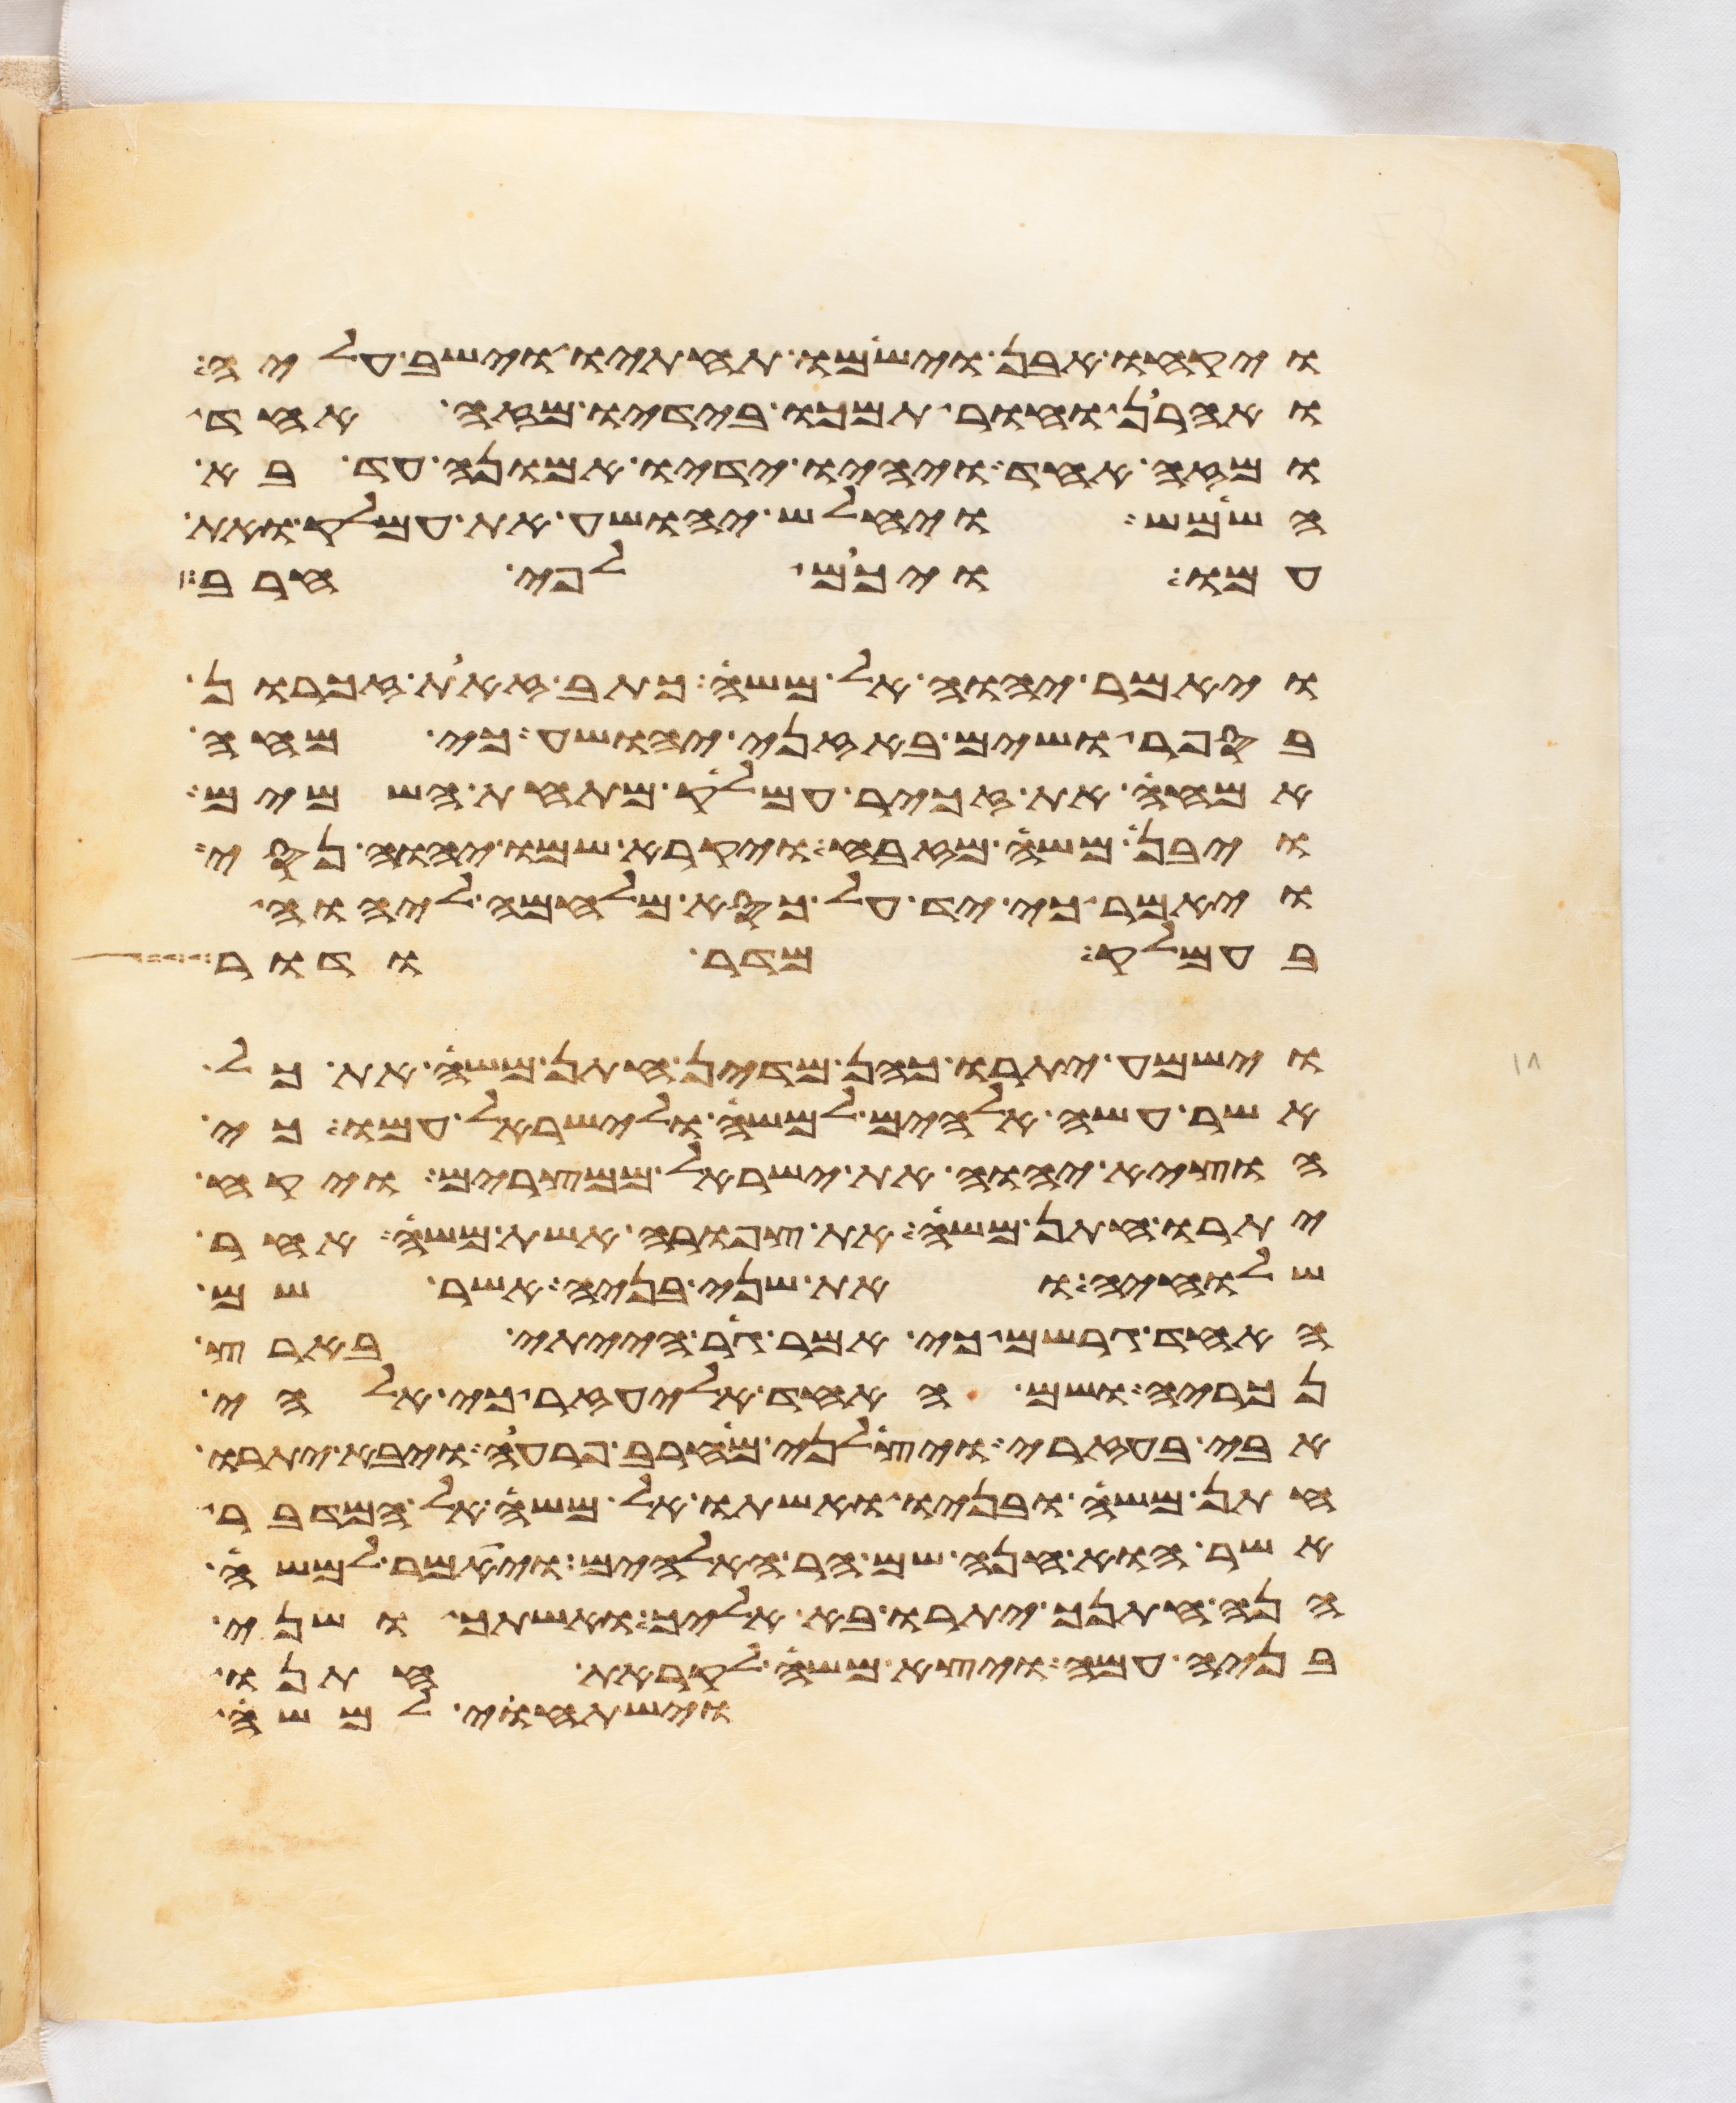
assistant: ויקחו אבן וישמו תחתיו וישב עליה
ואהרן וחור תמכו בידיו מזה אחד
ומזה אחד ויהיו ידיו אמונה עד בא
השמש ויחלש יהושע את עמלק ואת
עמו ויכם לפי חרב
ויאמר יהוה אל משה כתב זאת זכרון
בספר ושים באזני יהושע כי מחה
אמחה את זכר עמלק מתחת השמים
ויבן משה מזבח ויקרא שמו יהוה נסי
ויאמר כי יד על כסא מלחמה ליהוה
בעמלק מדר ודר
וישמע יתרו כהן מדין חתן משה את כל
אשר עשה אלהים למשה ולישראל עמו כי
הוציא יהוה את ישראל ממצרים ויקח
יתרו חתן משה את צפורה אשת משה אחר
שלחיה ואת שני בניה אשר שם
האחד גרשם כי אמר גר הייתי בארץ
נכריה ושם האחד אליעזר כי אלהי
אבי בעזרי ויצלני מחרב פרעה ויבא יתרו
חתן משה ובניו ואשתו אל משה אל המדבר
אשר הוא חנה שם הר האלהים ויאמר למשה
הנה חתנך יתרו בא אליך ואשתך ושני
בניה עמה ויצא משה לקראת חתנו
וישתחוי למשה